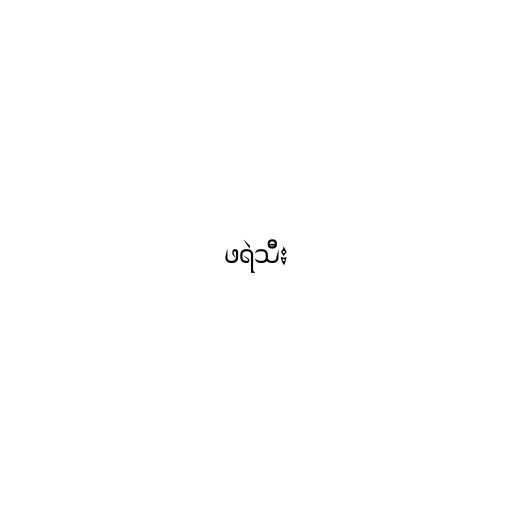
ဖရဲသီး